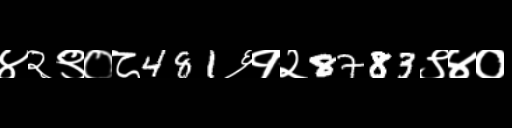
Text: ४२९०८481६१२8783९४०